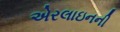
એરલાઇનની